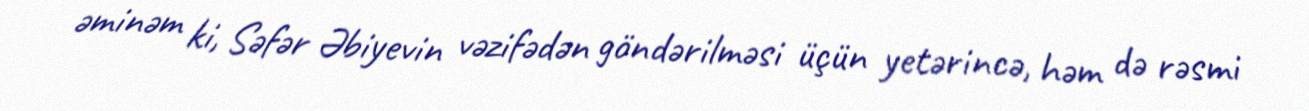
əminəm ki, Səfər Əbiyevin vəzifədən göndərilməsi üçün yetərincə, həm də rəsmi